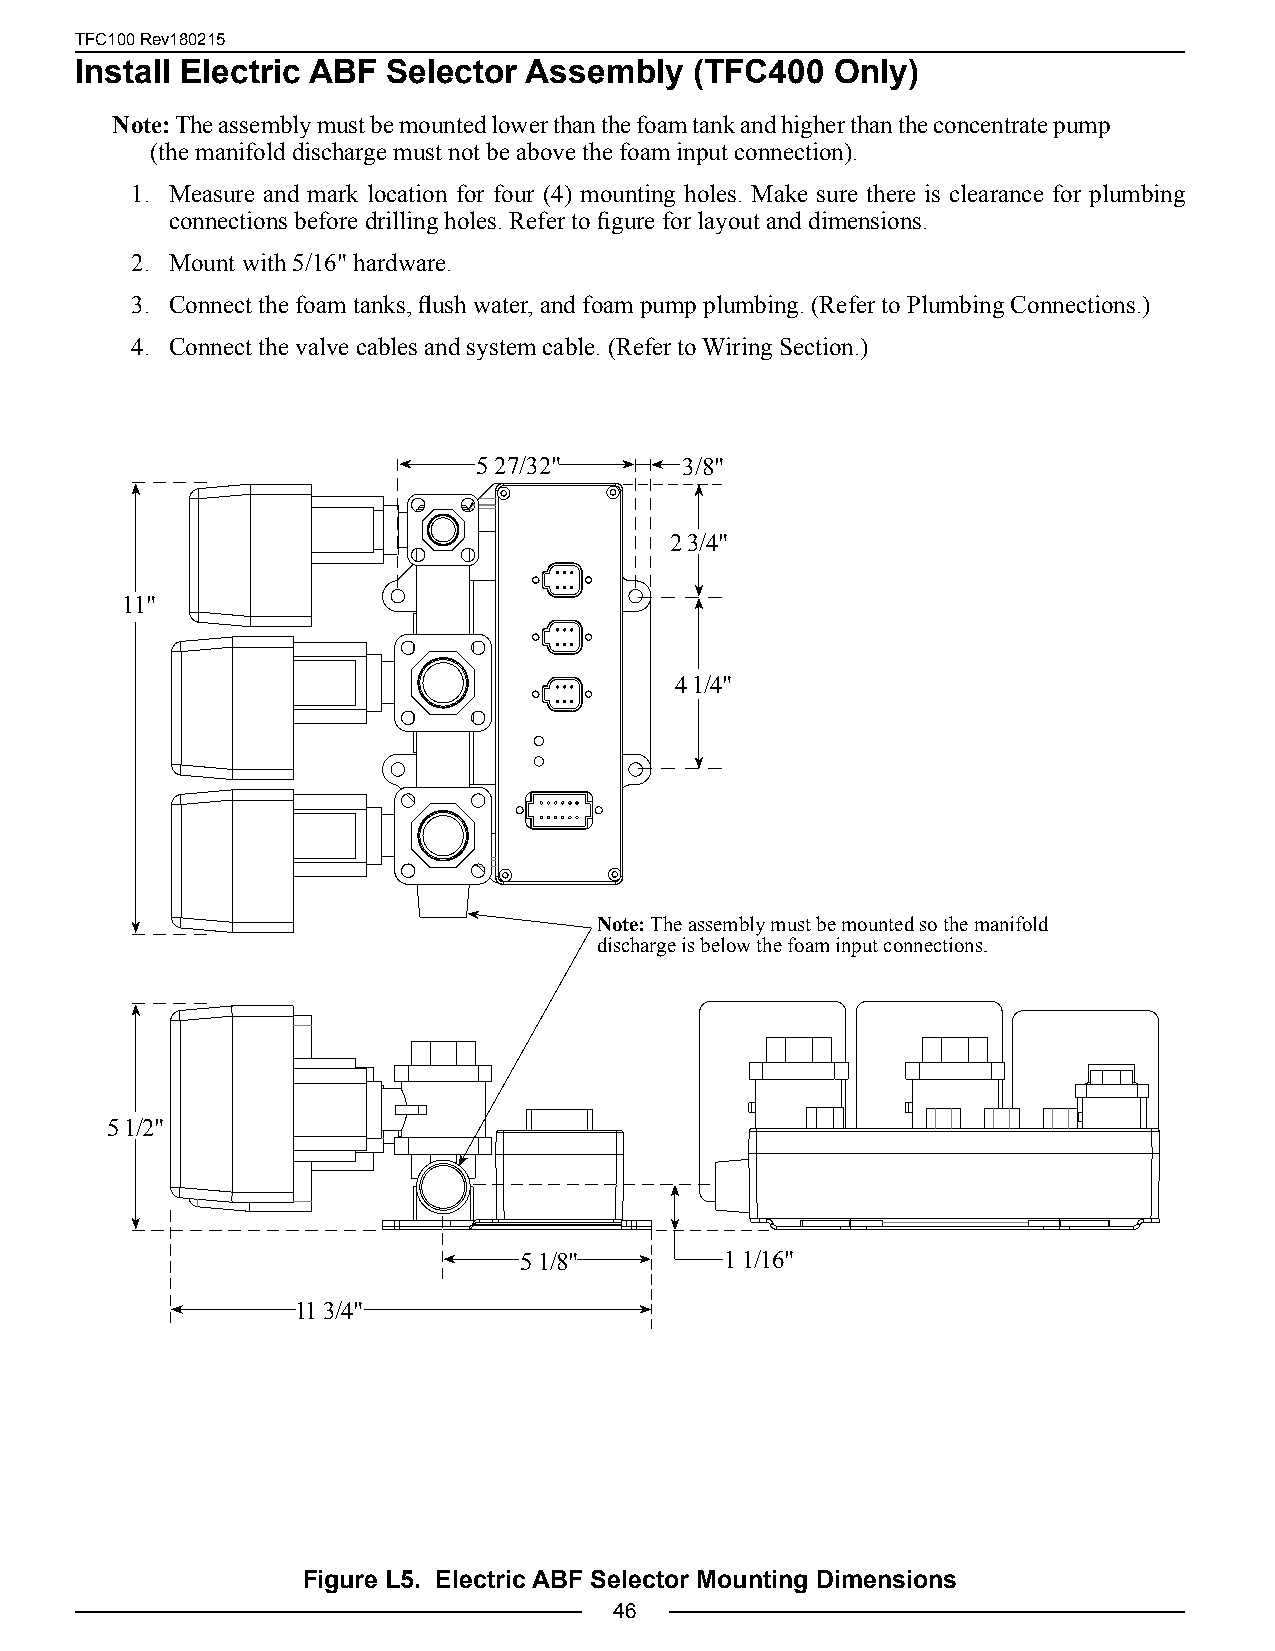
TFC100 Rev180215
 Install Electric ABF Selector Assembly   (TFC400  Only)
 Note: The assembly must be mounted lower than the foam tank and higher than the concentrate pump
 (the manifold discharge must not be above the foam input connection).
 1. Measure and mark location for four (4) mounting holes. Make sure there is clearance for plumbing
 connections before drilling holes. Refer to figure for layout and dimensions.
 2. Mount with 5/16" hardware.
 3. Connect the foam tanks, flush water, and foam pump plumbing. (Refer to Plumbing Connections.)
 4. Connect the valve cables and system cable. (Refer to Wiring Section.)
 5 27/32"     3/8"
 2 3/4"
 11"
 4 1/4"
 Note: The assembly must be mounted so the manifold
 discharge is below the foam input connections.
 5 1/2"
 5 1/8"        1 1/16"
 11 3/4"
 Figure L5. Electric ABF Selector Mounting Dimensions
 46